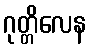
ဂုတ္တိလေန